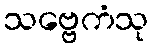
သဗ္ဗေကံသု